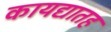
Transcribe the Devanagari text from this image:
कायद्यातह